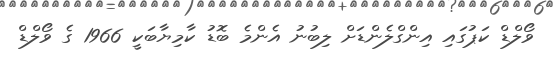
ވޯލްޑް ކަޕުގައި އިންގްލެންޑަށް ލިބުނު އެންމެ ބޮޑު ކާމިޔާބަކީ 1966 ގެ ވޯލްޑް